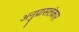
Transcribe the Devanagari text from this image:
अनुप्रासलंकार